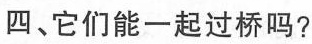
四、它们能一起过桥吗?